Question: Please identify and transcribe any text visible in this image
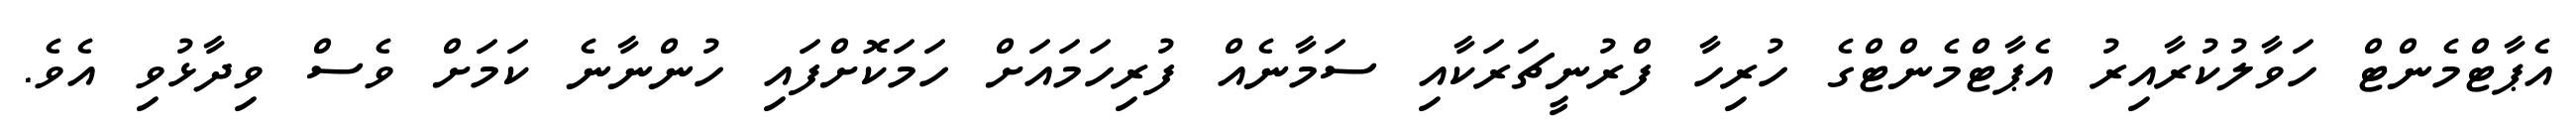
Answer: އެޕާޓްމެންޓް ހަވާލުކުރާއިރު އެޕާޓްމެންޓްގެ ހުރިހާ ފްރުނީޗަރަކާއި ސަމާނެއް ފުރިހަމައަށް ހަމަކޮށްފައި ހުންނާނެ ކަމަށް ވެސް ވިދާޅުވި އެވެ.